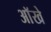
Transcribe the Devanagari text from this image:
आॅखे